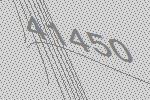
41450